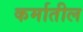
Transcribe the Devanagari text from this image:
कर्मातील